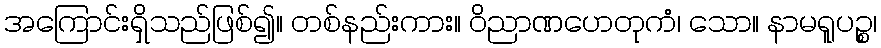
အကြောင်းရှိသည်ဖြစ်၍။ တစ်နည်းကား။ ဝိညာဏဟေတုကံ၊ သော။ နာမရူပဉ္စ၊